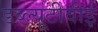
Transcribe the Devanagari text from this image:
डब्ल्यूटीवीई